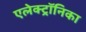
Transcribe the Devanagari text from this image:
एलेक्ट्रॉनिका